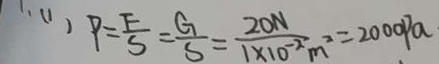
1 、 ( 1 ) P = \frac { F } { S } = \frac { G } { S } = \frac { 2 0 N } { 1 \times 1 0 ^ { - 2 } m ^ { 2 } } = 2 0 0 0 P a